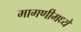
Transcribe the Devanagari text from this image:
मागणीमध्ये